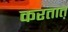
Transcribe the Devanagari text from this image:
करतात़